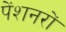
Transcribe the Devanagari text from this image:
पेंशनरों